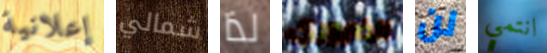
إعلانية شمالي لذا الضروري لن انتمي